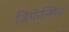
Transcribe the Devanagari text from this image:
डिफेन्सिव